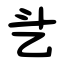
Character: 乧